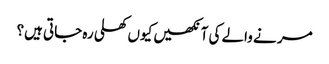
مر نے والے کی آنکھیں کیوں کھلی رہ جاتی ہیں؟